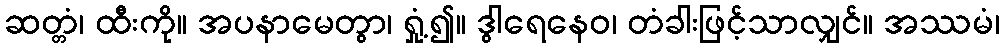
ဆတ္တံ၊ ထီးကို။ အပနာမေတွာ၊ ရှုံ့၍။ ဒွါရေနေဝ၊ တံခါးဖြင့်သာလျှင်။ အဿမံ၊